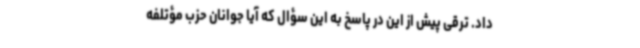
داد. ترقی پیش‌ از‌ این در پاسخ به این سؤال که آیا جوانان حزب مؤتلفه